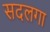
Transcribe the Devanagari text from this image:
सदलगा